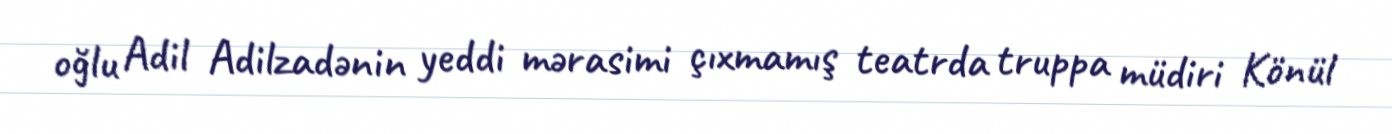
oğlu Adil Adilzadənin yeddi mərasimi çıxmamış teatrda truppa müdiri Könül